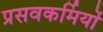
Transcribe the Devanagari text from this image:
प्रसवकर्मियों